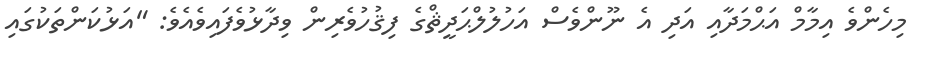
މިހެންވެ އިމާމް އަޙްމަދާއި އަދި އެ ނޫންވެސް އަހުލުލްޙަދީޘްގެ ފިޤުހުވެރިން ވިދާޅުވެފައިވެއެވެ: "އަޅުކަންތަކުގައި